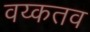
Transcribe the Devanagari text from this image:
वय्कतव